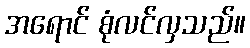
အရောင် စုံလင်လှသည်။